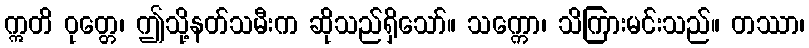
ဣတိ ဝုတ္တေ၊ ဤသို့နတ်သမီးက ဆိုသည်ရှိသော်။ သက္ကော၊ သိကြားမင်းသည်။ တဿာ၊